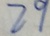
2 9